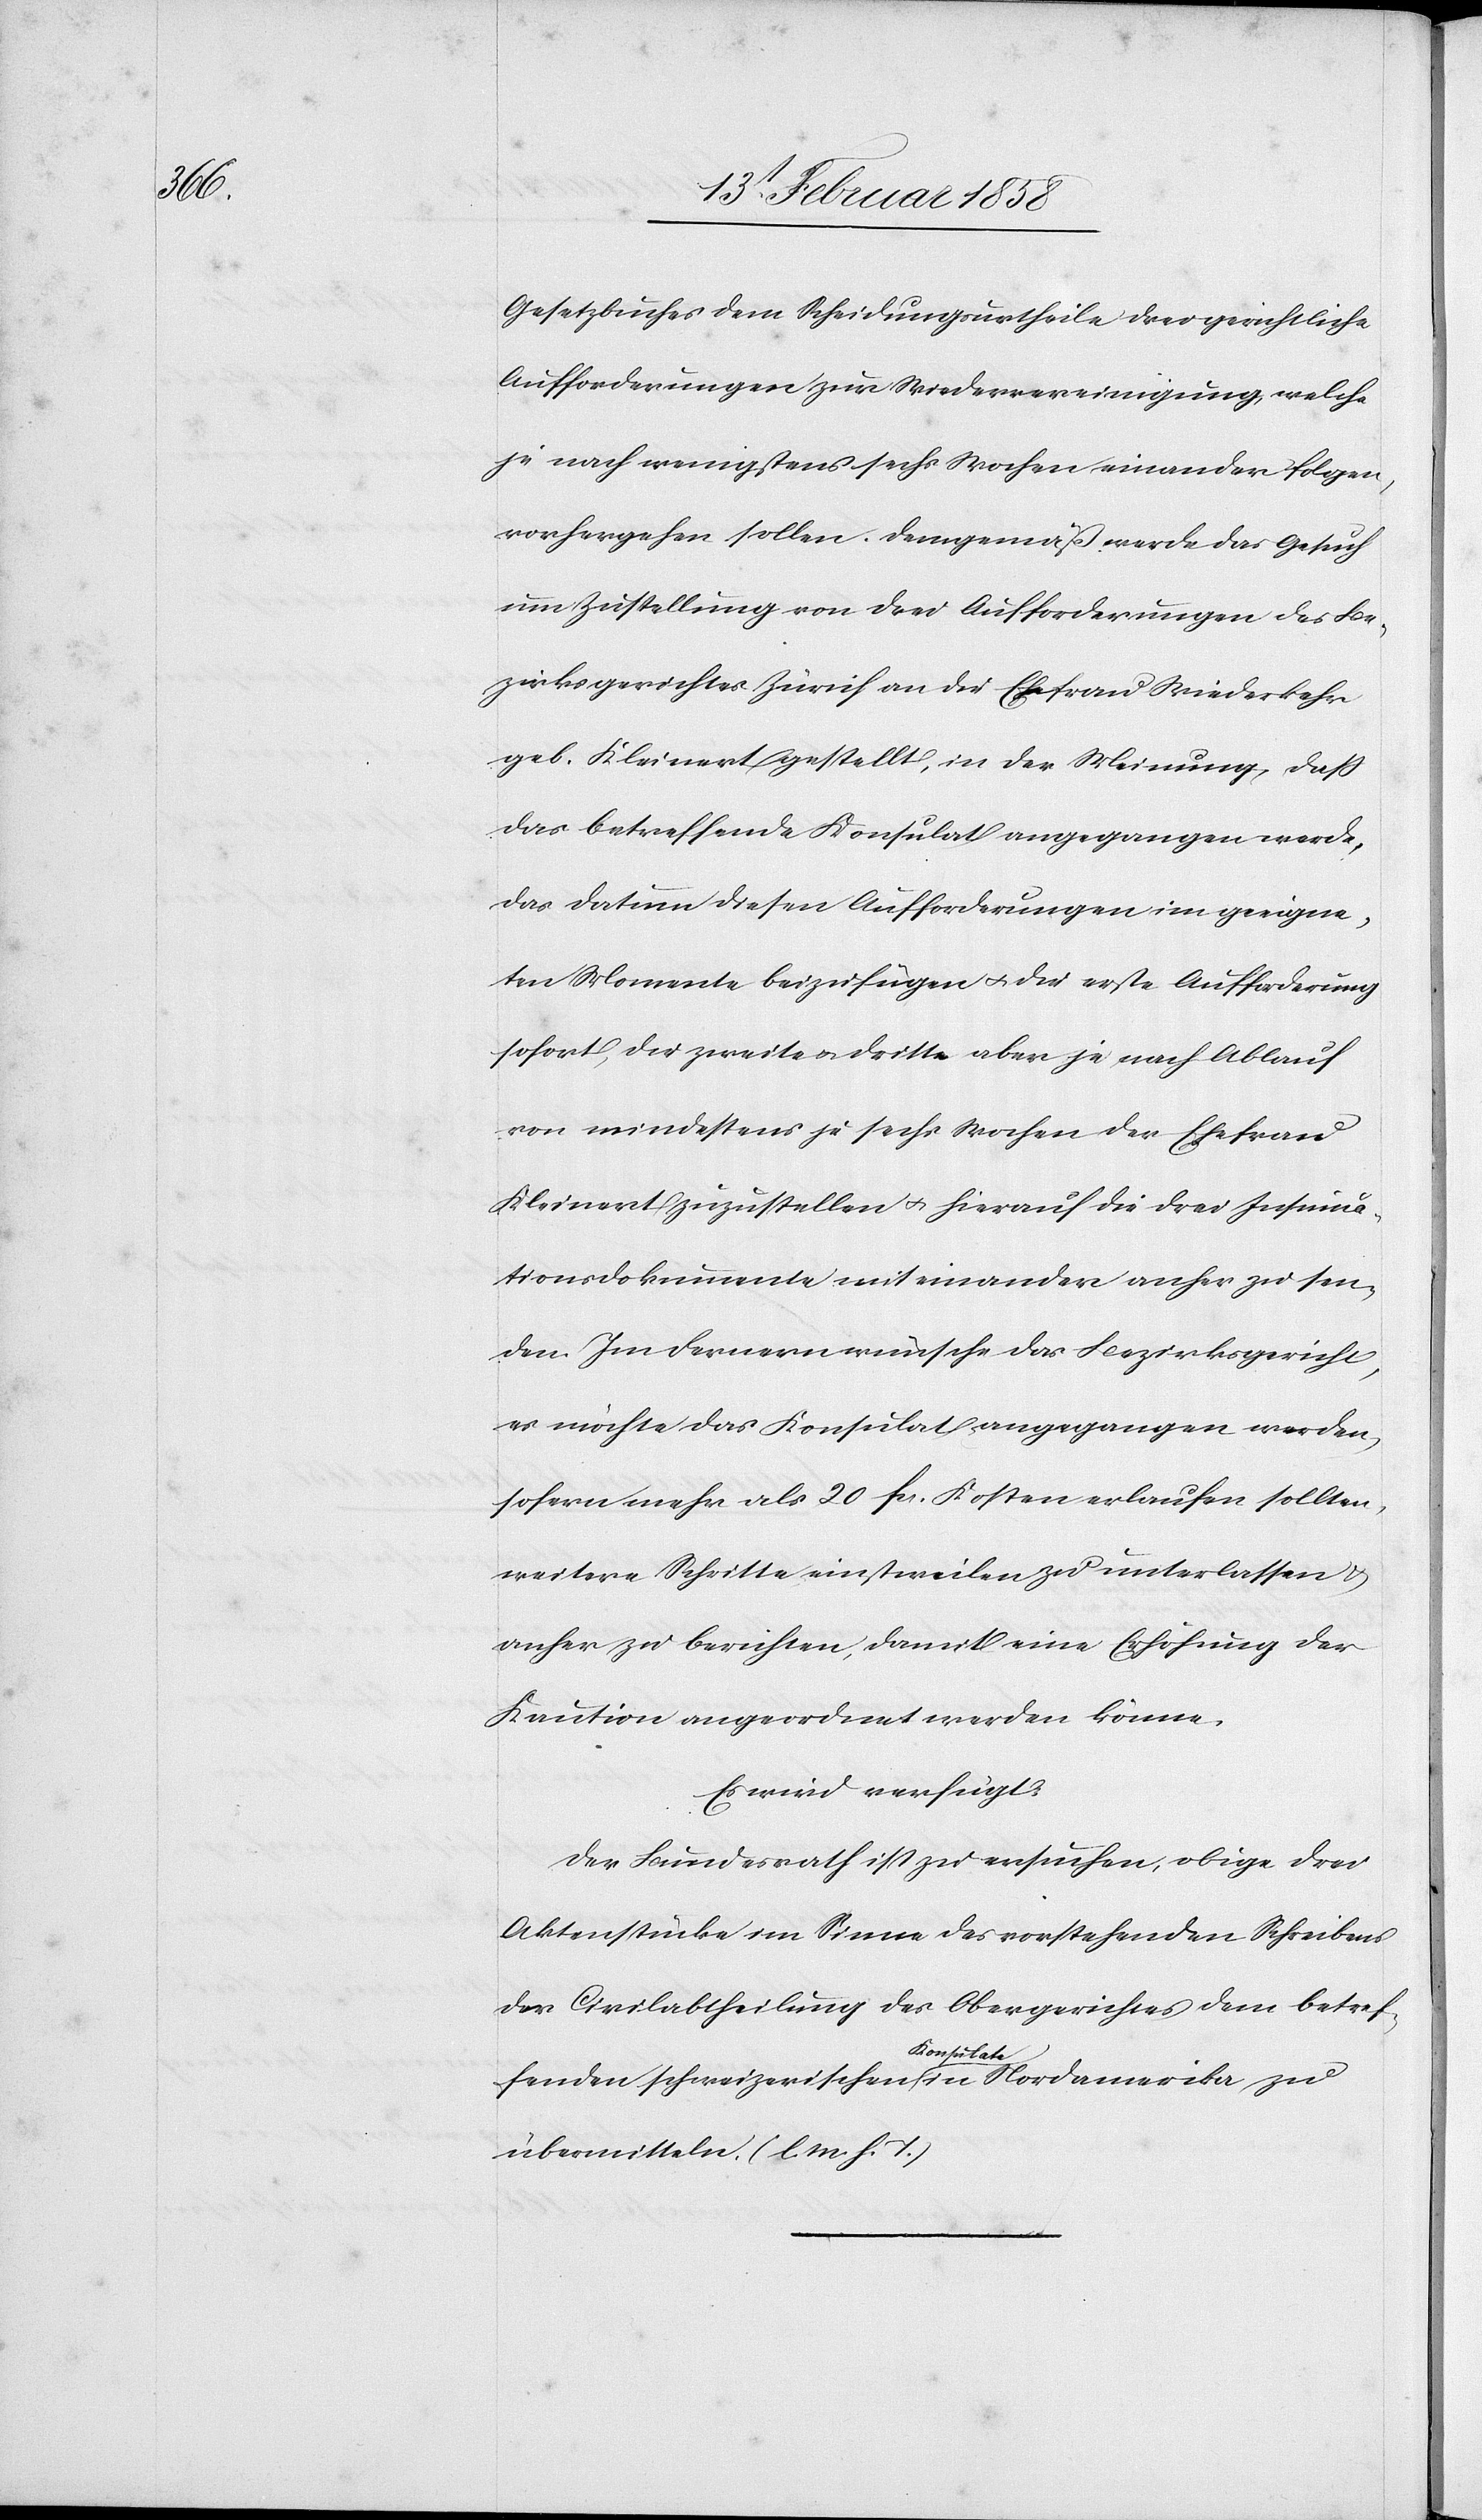
Gesetzbuches dem Scheidungsurtheile drei gerichtliche
Aufforderungen zur Wiedervereinigung, welche
je nach wenigstens sechs Wochen einander folgen,
vorhergehen sollen. Demgemäß werde das Gesuch
um Zustellung von drei Aufforderungen des Be¬
zirksgerichtes Zürich an die Ehefrau Wiederkehr
geb. Kleinert gestellt, in der Meinung, daß
das betreffende Konsulat angegangen werde,
das Datum diesen Aufforderungen im geeigne¬
ten Momente beizufügen u. die erste Aufforderung
sofort, die zweite u. dritte aber je nach Ablauf
von mindestens je sechs Wochen der Ehefrau
Kleinert zuzustellen u. hierauf die drei Insinua¬
tionsdokumente mit einander anher zu sen¬
den. Im Fernern wünsche das Bezirksgericht,
es möchte das Konsulat angegangen werden,
sofern mehr als 20 fcs. Kosten erlaufen sollten,
weitere Schritte einstweilen zu unterlassen u.
anher zu berichten, damit eine Erhöhung der
Kaution angeordnete werden könne.
Es wird verfügt:
Der Bundesrath ist zu ersuchen, obige drei
Aktenstücke im Sinne des vorstehenden Schreibens
der Civilabtheilung des Obergerichtes dem betref¬
fenden schweizerischen Konsulat in Nordamerika zu
übermitteln. (l. M. h. T.)